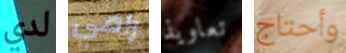
لدي رامي تعاويذ وأحتاج